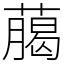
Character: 﨟